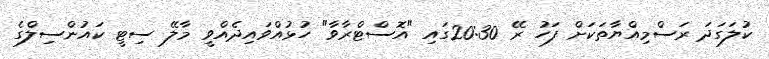
ކުލަގަދަ ރަސްމިއްޔާތަކަށް ފަހު ރޭ 20:30ގައި "އޮސްޓްރާވާ" ހުޅުއްވައިދެއްވީ މާލޭ ސިޓީ ކައުންސިލްގެ